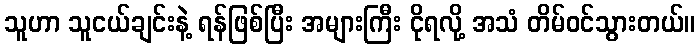
သူဟာ သူငယ်ချင်းနဲ့ ရန်ဖြစ်ပြီး အများကြီး ငိုရလို့ အသံ တိမ်ဝင်သွားတယ်။